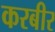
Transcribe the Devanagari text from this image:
करबीर